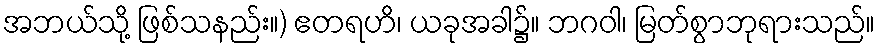
အဘယ်သို့ ဖြစ်သနည်း။) ဧတရဟိ၊ ယခုအခါ၌။ ဘဂဝါ၊ မြတ်စွာဘုရားသည်။